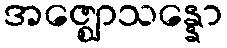
အဇ္ဈောသန္နော